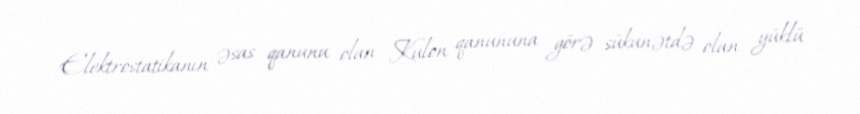
Elektrostatikanın əsas qanunu olan Kulon qanununa görə sükunətdə olan yüklü